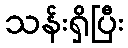
သန်းရှိပြီး